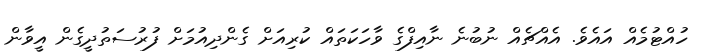
ހުއްޓުމެއް އައެވެ. އެއްޗެއް ނުބުނެ ނާއިފްގެ ވާހަކަތައް ކުރިއަށް ގެންދިއުމަށް ފުރުސަތުދީގެން އީވާން